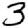
Digit: 3